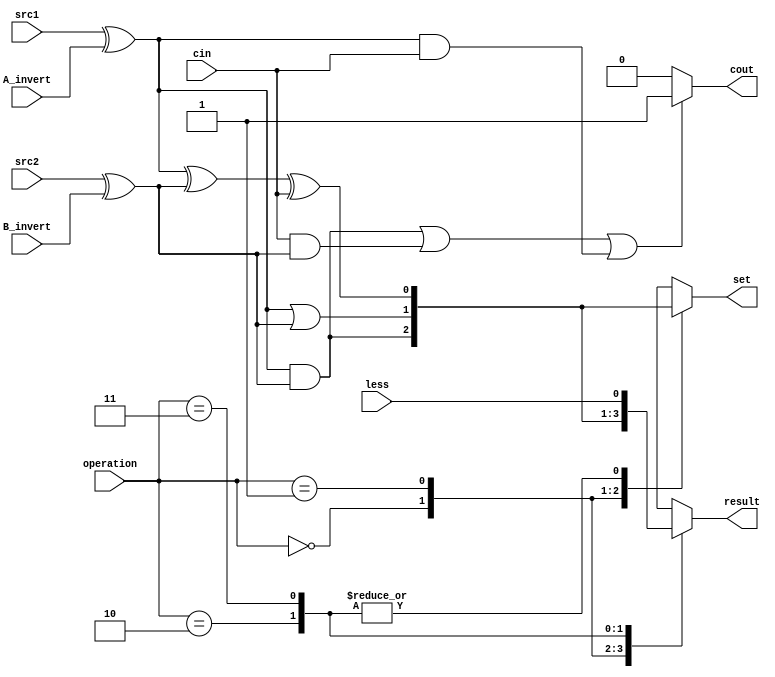
`timescale 1ns/1ps

// 0016311 ???

//////////////////////////////////////////////////////////////////////////////////
// Company: 
// Engineer: 
// 
// Design Name: 
// Module Name:    alu_top 
// Project Name: 
// Target Devices: 
// Tool versions: 
// Description: 
//
// Dependencies: 
//
// Revision: 
// Revision 0.01 - File Created
// Additional Comments: 
//
//////////////////////////////////////////////////////////////////////////////////

module alu_top(
               src1,       //1 bit source 1 (input)
               src2,       //1 bit source 2 (input)
               less,       //1 bit less     (input)
               A_invert,   //1 bit A_invert (input)
               B_invert,   //1 bit B_invert (input)
               cin,        //1 bit carry in (input)
               operation,  //operation      (input)
               result,     //1 bit result   (output)
               cout,       //1 bit carry out(output)		
					set			//set
               );

input         src1;
input         src2;
input         less;
input         A_invert;
input         B_invert;
input         cin;
input [2-1:0] operation;

output        result;
output        cout;
reg           result;

/////////////////////////////////////////////////////
output			set;
reg				set;
reg				wA,wB,wwADD,wwAND,wwOR;
reg				cout;
/////////////////////////////////////////////////////

always @(*)
begin
	//if (A_invert) wA <= ~src1;
	//else wA <= src1;
	wA <= src1 ^ A_invert;
	wB <= src2 ^ B_invert;
end


/*
always @(*)
begin
	wB <= src2 ^ B_invert;
end
*/

always @(*)
begin
	wwAND <= wA && wB;
	wwOR 	<= wA || wB;
	wwADD <= wA ^ wB ^ cin;
	if ((wA && wB)||(cin && wB)||(wA && cin)) cout <= 1;
	else cout <= 0;
end

/*
always @(*)
begin
	wwOR <= wA | wB;
end


//adder
always @(*)
begin
	wwADD <= wA & wB & cin;
	if ((wA & wB)|(cin & wB)|(wA & cin)) cout <= 1;
	else cout <= 0;
end
*/

//selector
always @(*)
begin
	case (operation)
	2'b00:		//AND
	begin
		result <= wwAND;
		set	 <= wwAND;
	end
	2'b01:		//OR
	begin
		result <= wwOR;
		set	 <= wwOR;
	end
	2'b10:		//ADD
	begin
		result <= wwADD;
		set	 <= wwADD;
	end
	2'b11:		//LESS
	begin
		result <= less;
		set	 <= wwADD;
	end
	endcase
end


//addunit addunit(.wA(scr1),.wB(scr2),.cin(cin),.wwADD(wwADD),.cout(cout));

endmodule